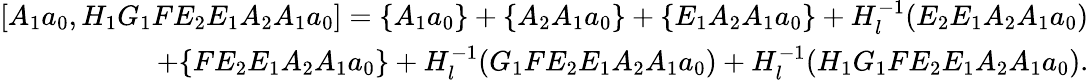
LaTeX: \begin{array}{r}{[A_{1}a_{0},H_{1}G_{1}FE_{2}E_{1}A_{2}A_{1}a_{0}]=\{ A_{1}a_{0}\} +\{ A_{2}A_{1}a_{0}\} +\{ E_{1}A_{2}A_{1}a_{0}\} +H_{l}^{-1}(E_{2}E_{1}A_{2}A_{1}a_{0})}\\ {+\{ FE_{2}E_{1}A_{2}A_{1}a_{0}\} +H_{l}^{-1}(G_{1}FE_{2}E_{1}A_{2}A_{1}a_{0})+H_{l}^{-1}(H_{1}G_{1}FE_{2}E_{1}A_{2}A_{1}a_{0}).}\end{array}